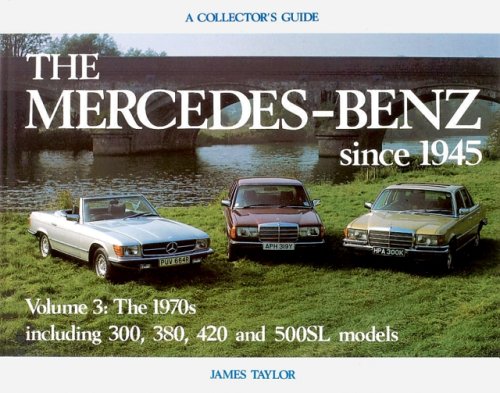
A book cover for Mercedes-Benz Since 1945: Collectors Guide Volume 3 (Collector's Guide , Vol 3); James Taylor; Engineering & Transportation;